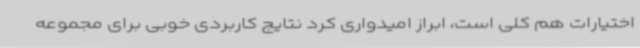
اختیارات هم کلی است، ابراز امیدواری کرد نتایج کاربردی خوبی برای مجموعه